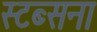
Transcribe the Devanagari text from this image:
स्टब्सना